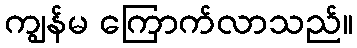
ကျွန်မ ကြောက်လာသည်။